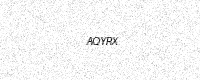
Text: AQYRX